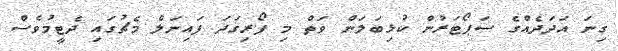
ގިނަ އަދަދެއްގެ ސަޕޯޓަރުން ކުޅިބަލަން ވަތް މި ފޯރިގަދަ ފައިނަލް މެޗުގައި ދެޓީމުވެސް